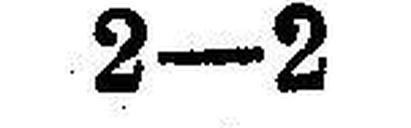
2—2